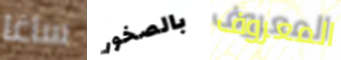
ساغا بالصخور المعروف